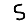
Digit: 5